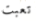
تعبت